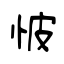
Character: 怶